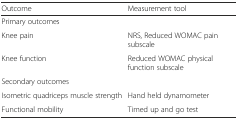
<table><thead><tr><td><b>Outcome</b></td><td><b>Measurement tool</b></td></tr></thead><tbody><tr><td colspan="2">Primary outcomes</td></tr><tr><td>Knee pain</td><td>NRS, Reduced WOMAC pain subscale</td></tr><tr><td>Knee function</td><td>Reduced WOMAC physical function subscale</td></tr><tr><td colspan="2">Secondary outcomes</td></tr><tr><td>Isometric quadriceps muscle strength</td><td>Hand held dynamometer</td></tr><tr><td>Functional mobility</td><td>Timed up and go test</td></tr></tbody></table>